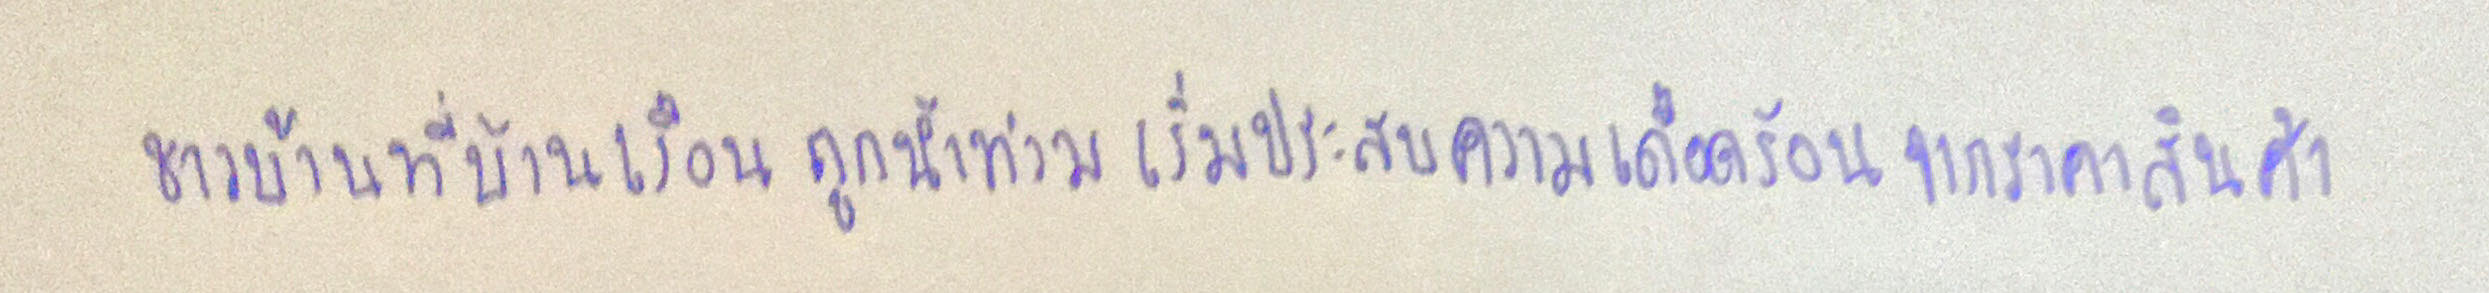
ชาวบ้านที่บ้านเรือนถูกน้ำท่วมเริ่มประสบความเดือดร้อนจากราคาสินค้า